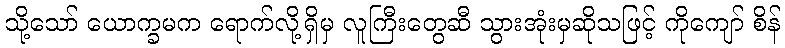
သို့သော် ယောက္ခမက ရောက်လို့ရှိမှ လူကြီးတွေဆီ သွားအုံးမှဆိုသဖြင့် ကိုကျော် စိန်